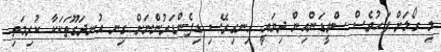
މި ގޯލަށް ފަހުވެސް ސްވީޑަންއިން ދިޔައީ އިނގިރޭސި ޑިފެންޑަރުންނަށް ގިނ އުނދަގޫތަކަކާ ކުރިމަތި